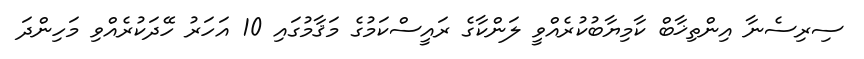
ސިރިސެނާ އިންތިޚާބް ކާމިޔާބުކުރެއްވީ ލަންކާގެ ރައީސްކަމުގެ މަޤާމުގައި 10 އަހަރު ހޭދަކުރެއްވި މަހިންދަ